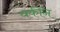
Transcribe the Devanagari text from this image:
यकींन